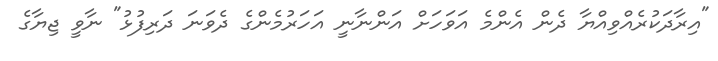
"އިރާދަކުރެއްވިއްޔާ ދެން އެންމެ އަވަހަށް އަންނާނީ އަހަރުމެންގެ ދެވަނަ ދަރިފުޅު" ނާވީ ޖިޔާގެ